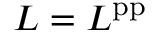
L = L ^ { \mathrm { p p } }